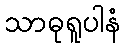
သာဓုရူပါနံ